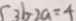
( 3 b ) 2 a = 4